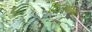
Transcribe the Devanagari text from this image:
किलकेश्‍वर